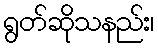
ရွတ်ဆိုသနည်း၊